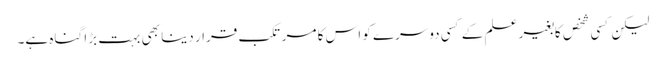
لیکن کسی شخص کابغیر علم کے کسی دوسرے کو اس کا مرتکب قرار دینا بھی بہت بڑا گناہ ہے۔